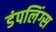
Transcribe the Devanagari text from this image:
डंपलिंग्स